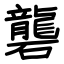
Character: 礱